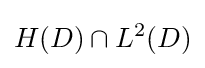
H(D)\cap L^{2}(D)